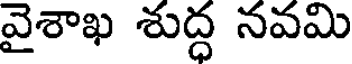
వైశాఖ శుద్ధ నవమి